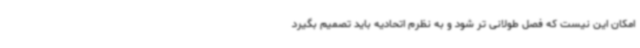
امکان این نیست که فصل طولانی تر شود و به نظرم اتحادیه باید تصمیم بگیرد